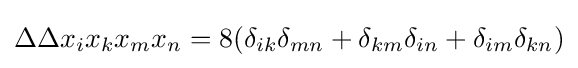
\Delta \Delta x_{i}x_{k}x_{m}x_{n}=8(\delta _{ik}\delta _{mn}+\delta _{km}\delta _{in}+\delta _{im}\delta _{kn})